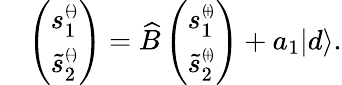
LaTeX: \begin{array}{rl}&{\left(\begin{array}{c}{s_{1}^{\scriptscriptstyle(\! -\! )}}\\ {\tilde{s}_{2}^{\scriptscriptstyle(\! -\! )}}\end{array}\right)=\widehat{B}\left(\begin{array}{c}{s_{1}^{\scriptscriptstyle(\! +\! )}}\\ {\tilde{s}_{2}^{\scriptscriptstyle(\! +\! )}}\end{array}\right)+a_{1}|d\rangle.}\end{array}